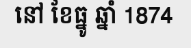
នៅ ខែធ្នូ ឆ្នាំ 1874